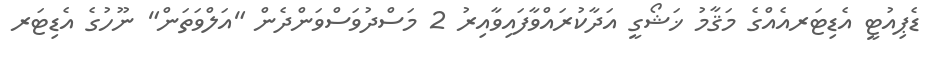
ޑެޕިއުޓީ އެޑިޓަރއެއްގެ މަޤާމު ޚަޝޯގީ އަދާކުރައްވާފައިވާއިރު 2 މަސްދުވަސްވަންދެން "އަލްވަތަން" ނޫހުގެ އެޑިޓަރ